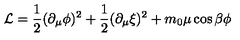
{ \cal L } = \frac { 1 } { 2 } ( \partial _ { \mu } \phi ) ^ { 2 } + \frac { 1 } { 2 } ( \partial _ { \mu } \xi ) ^ { 2 } + m _ { 0 } \mu \cos \beta \phi